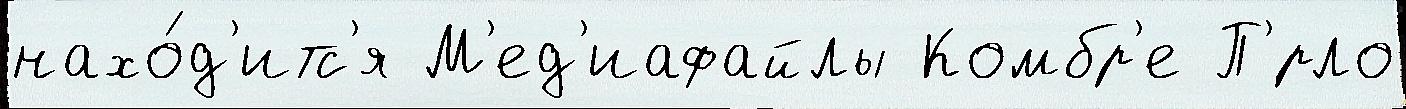
нахо́д'итс'я М'ед'иафайлы Комбр'е П'́рло